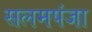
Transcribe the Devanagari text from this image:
सलमपंजा